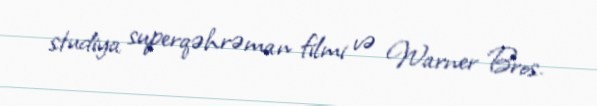
studiya superqəhrəman filmi və Warner Bros.